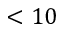
< 1 0